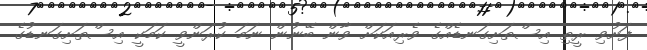
ފަށުވި ރީތި އިސްތަށިގަނޑެއްގެ ވެރިއަކަށް ވާން ބޭނުން ނަމަ ކުރަންވީ ކަމަކީ އިސްތަށިގަނޑުގެ